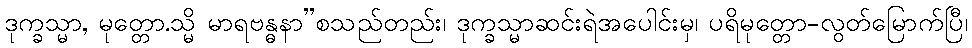
ဒုက္ခသ္မာ, မုတ္တော.သ္မိ မာရဗန္ဓနာ”စသည်တည်း၊ ဒုက္ခသ္မာဆင်းရဲအပေါင်းမှ၊ ပရိမုတ္တော-လွတ်မြောက်ပြီ၊